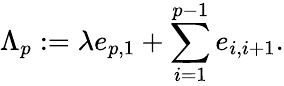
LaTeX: \Lambda_{p}:=\lambda e_{p,1}+\sum_{i=1}^{p-1}e_{i,i+1}.